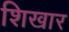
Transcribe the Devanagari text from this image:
शिखार